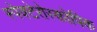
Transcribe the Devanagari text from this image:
स्पेक्टेरोस्कोपिक